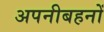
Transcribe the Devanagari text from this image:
अपनीबहनों